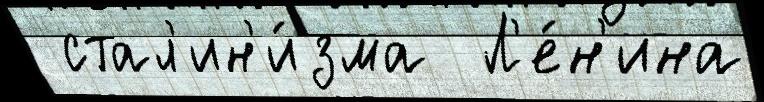
 стал'ин'и́зма  Л'е́н'ина